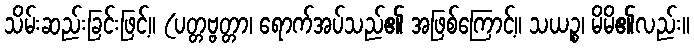
သိမ်းဆည်းခြင်းဖြင့်။ (ပတ္တဗ္ဗတ္တာ၊ ရောက်အပ်သည်၏ အဖြစ်ကြောင့်။ သယဉ္စ၊ မိမိ၏လည်း။